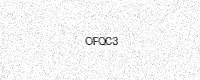
Text: OFQC3